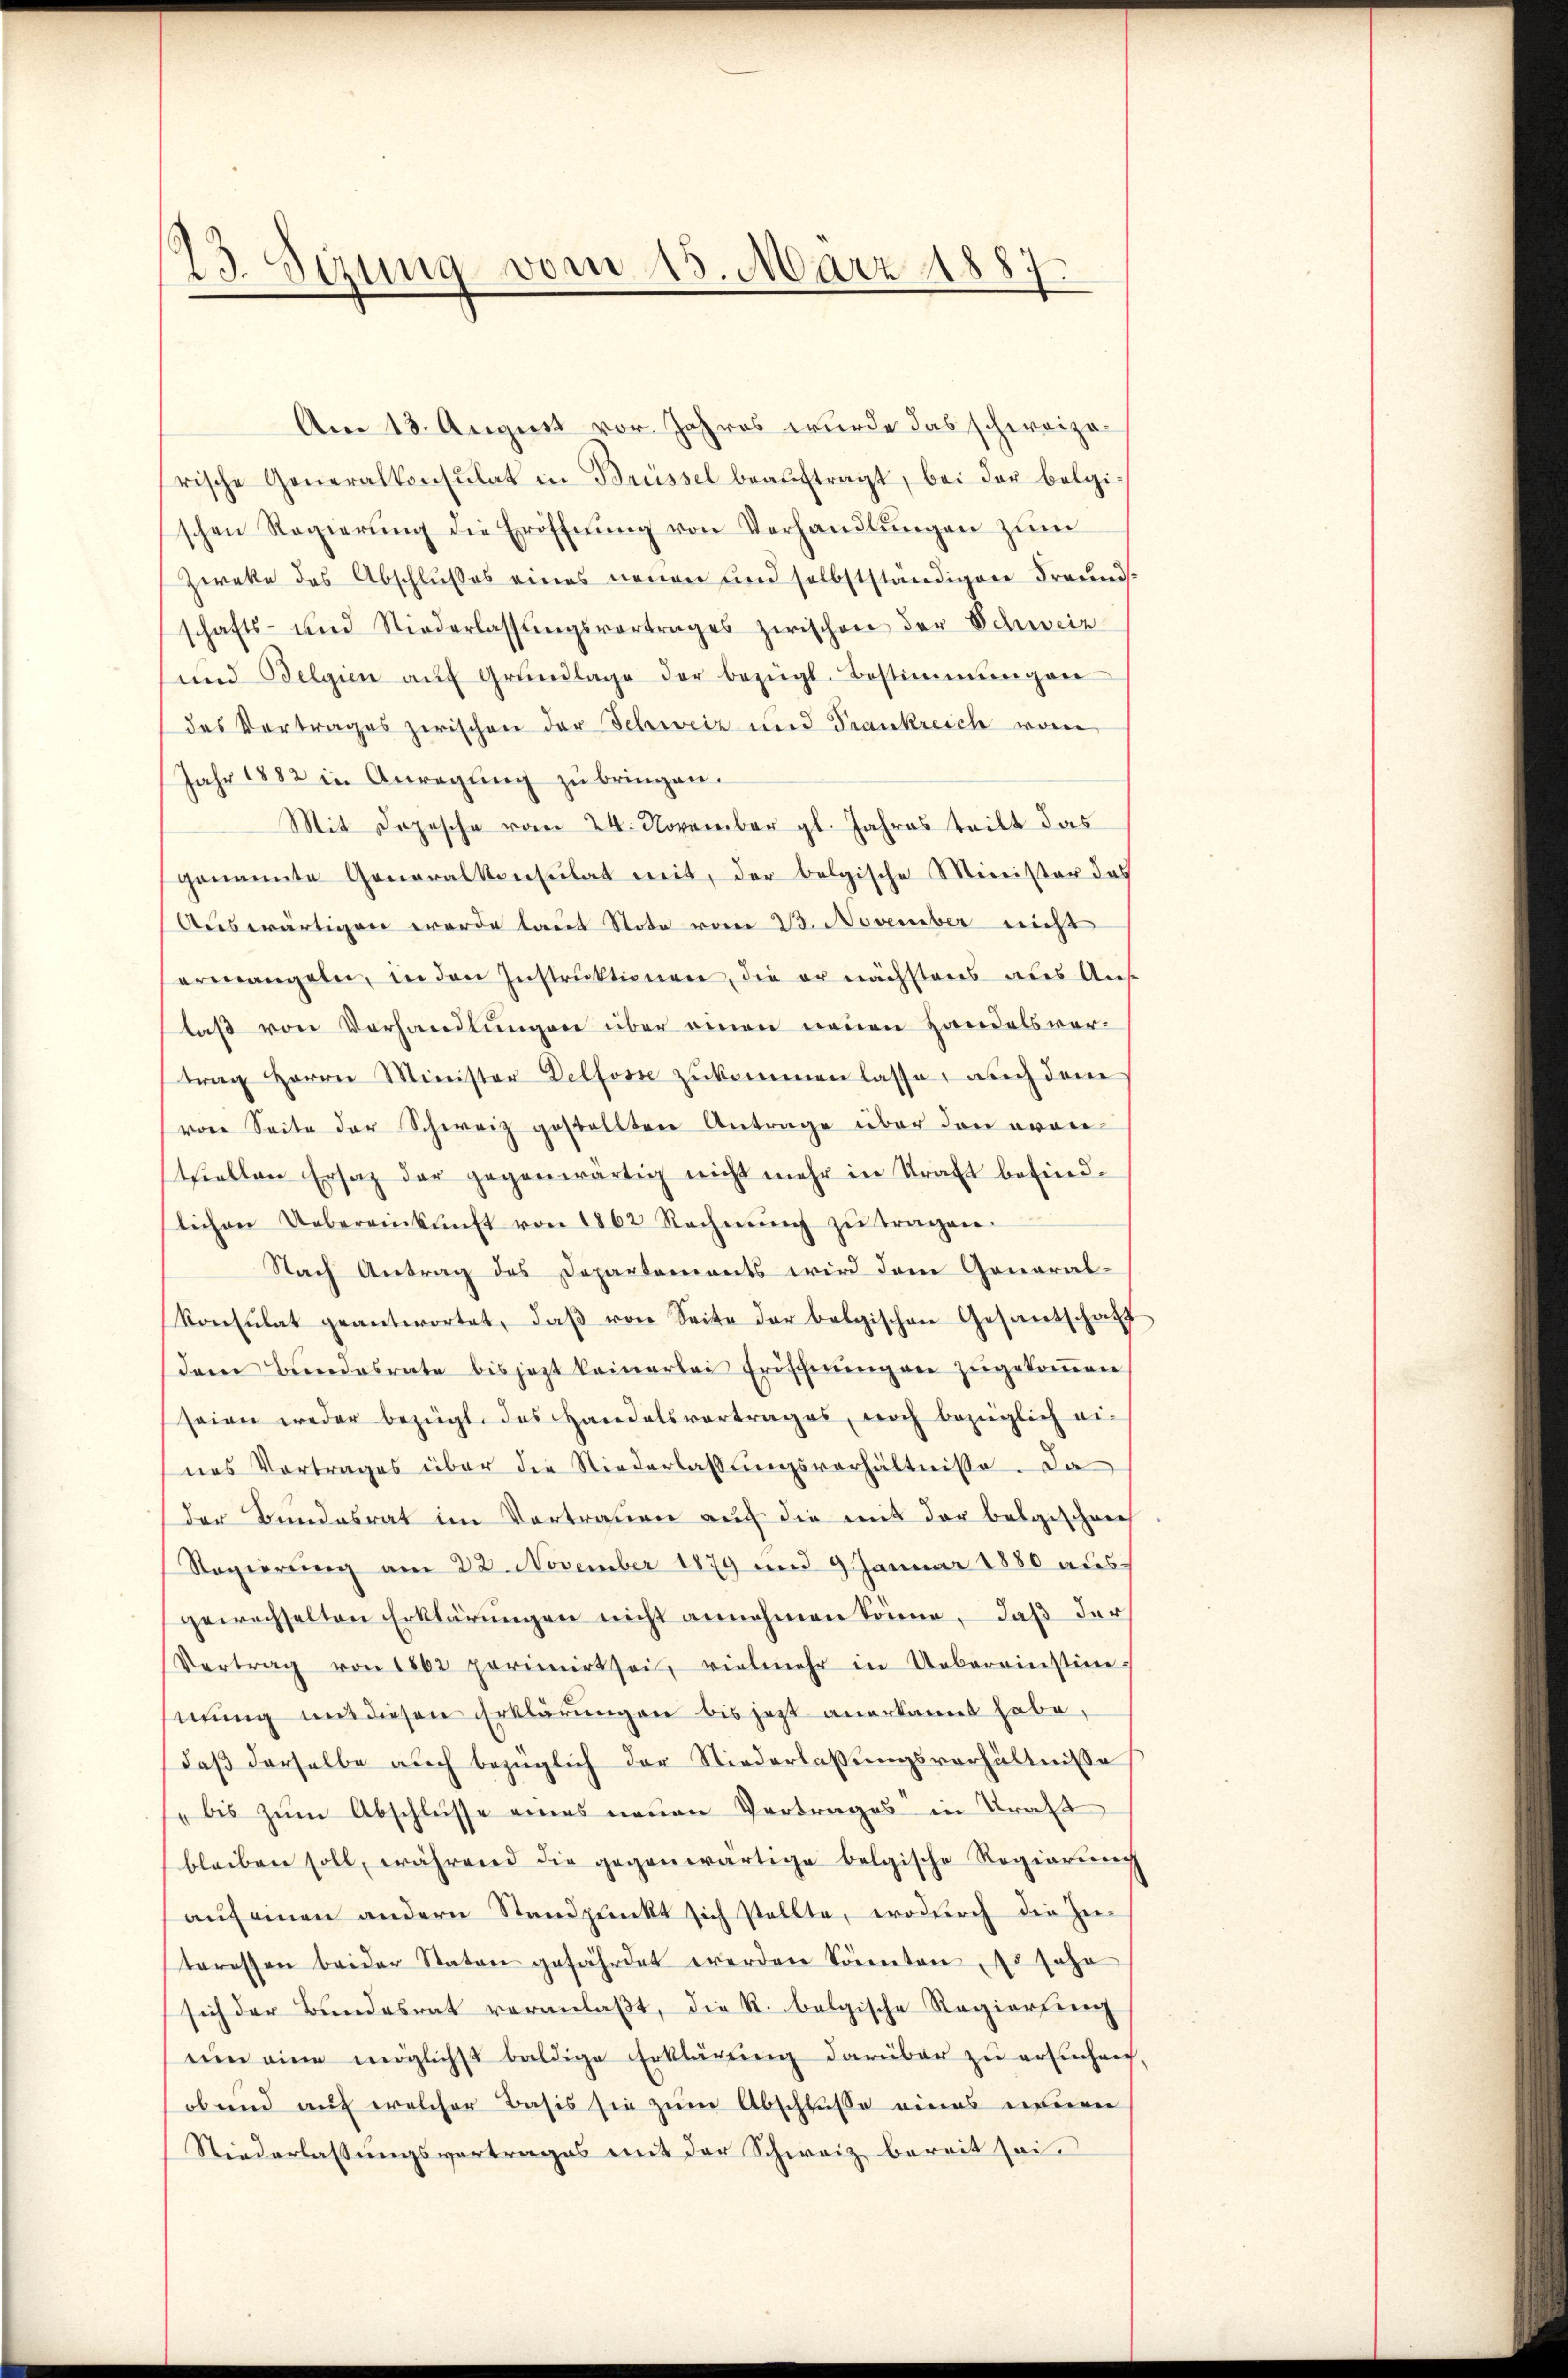
23. Sizung vom 15. März 1887.

Am 13. August vor Jahres wurde das schweizerische Generalkonsulat in Brüssel beaŭftragt, bei der belgi
schen Regierŭng die Eröffnŭng von Verhandlŭngen zŭm
Zweke des Abschlusses eines neuen und selbstständigen Freundschafts- und Niederlassŭngsvortrages zwischen der Schweiz
und Belgien aŭf Grŭndlage der bezügl. Bestimmungen
das Vortrages zwischen der Schweiz und Frankreich waren
Jahr 1882 in Anregung zu bringen.
Mit Depesche vom 24. November gl. Jahres teilt das
genannte Generalkonsulat mit, der belgische Minister des
Auswärtigen werde laut Note vom 23. November nicht
ermangeln, in den Instrŭktionen, die er nächstens aus Ans
laß von Vorhandlungen über einen neuen Handelsver-
trag Herrn Minister Delfosse zŭkommen lasse, auch dem
vor Seite der Schweiz gestellten Antrage über den erwietiellen Ersatz der gegenwärtig nicht mehr in Straft befind-
lichen Uebereinkunft von 1862 Rechnŭng zŭ tragen.
Nach Antrag des Departements wird dem General-
Konsulat geantwortet, daβ von Seite der belgischen Gesandschaff
Dem Bundesrate bis jezt keinerlei Erschnungen zugekommen
seien weder bezügt, das Handelsvortrages, noch bezüglich ei-
nes Vortrages über die Niederlassungsverhältnisse. Da
der Bundesrat im Vortrauen auf die mit der belgischens
Regierung am 22. November 1879 und 9 Januar 1880 aus-
gewechselten Erklärungen nicht annehmen könne, daß der
Vertrag von 1862 primirt sei, vielmehr in Uebereinstim
mŭng mit diesen Erklärŭngen bis jetzt anerkannt habe,
daß derselbe auch bezüglich der Niederlassungsverhältnisse
bis zum Abschlüsse eines neuen Vertrages in Straft
bleiben soll, während die gegenwärtige belgische Regierung
aŭf einen andern Standpŭnkt sich stellte, wodurch die hie-
teressen beider Naton gefährdet werden könnten. Es sehr
sich der Bundesrat veranlaßt, die R. belgische Regierung
um eine möglichst baldige Erklärung darüber zu ersuchen,
obend auf welcher Basis sie zum Abschluße eines neuen
Niederlassungsvertrages mit der Schweiz bereit sei.